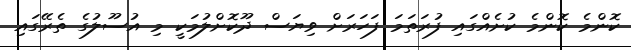
ކޮންމެ ކޮންމެ ކުށެއްގައި ފުރަތަމަ ފަހަރަށް ވިޔަސް ދޫކޮށްލުމަކީ މި އުސޫލުގެ ތެރޭގައި